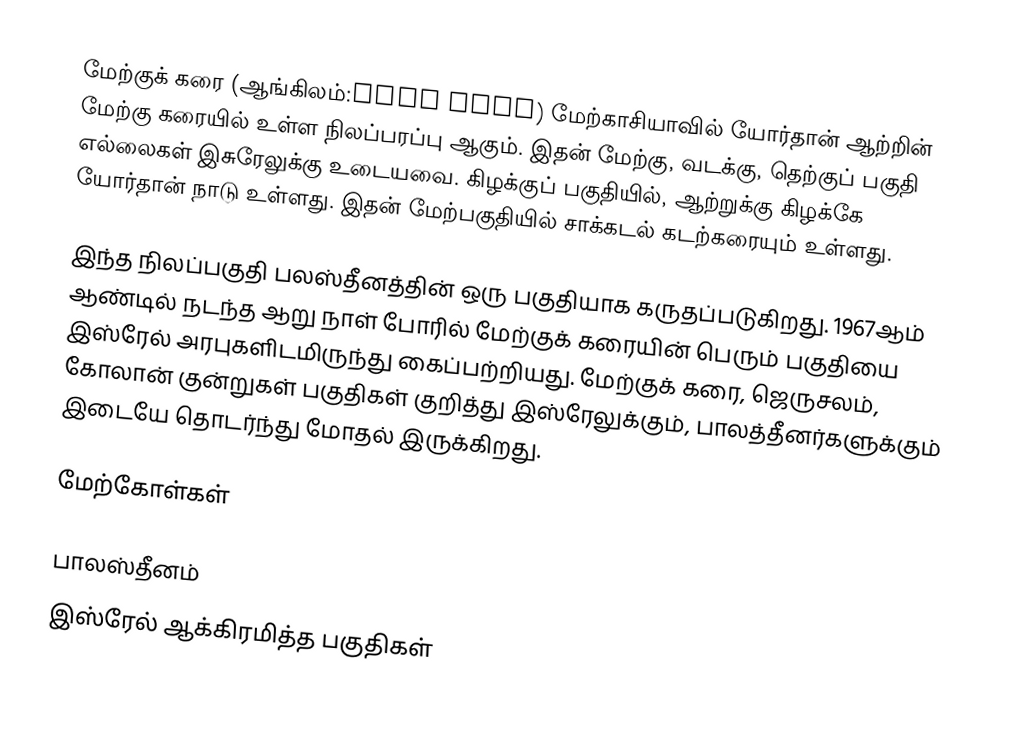
மேற்குக் கரை (ஆங்கிலம்:West Bank) மேற்காசியாவில் யோர்தான் ஆற்றின் மேற்கு கரையில் உள்ள நிலப்பரப்பு ஆகும். இதன் மேற்கு, வடக்கு, தெற்குப் பகுதி எல்லைகள் இசுரேலுக்கு உடையவை.  கிழக்குப் பகுதியில், ஆற்றுக்கு கிழக்கே யோர்தான் நாடு உள்ளது. இதன் மேற்பகுதியில் சாக்கடல் கடற்கரையும் உள்ளது.

இந்த நிலப்பகுதி பலஸ்தீனத்தின் ஒரு பகுதியாக கருதப்படுகிறது. 1967ஆம் ஆண்டில் நடந்த ஆறு நாள் போரில் மேற்குக் கரையின் பெரும் பகுதியை இஸ்ரேல் அரபுகளிடமிருந்து கைப்பற்றியது. மேற்குக் கரை, ஜெருசலம், கோலான் குன்றுகள் பகுதிகள் குறித்து இஸ்ரேலுக்கும், பாலத்தீனர்களுக்கும் இடையே தொடர்ந்து மோதல் இருக்கிறது.

மேற்கோள்கள்

பாலஸ்தீனம்
இஸ்ரேல் ஆக்கிரமித்த பகுதிகள்